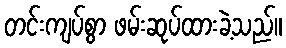
တင်းကျပ်စွာ ဖမ်းဆုပ်ထားခဲ့သည်။